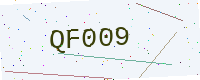
Text: QF009